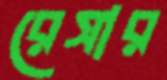
রেসার